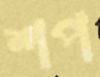
শপ